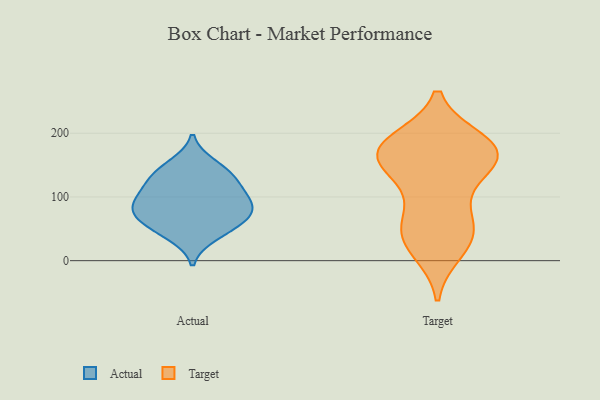
{"axis": {"x": "Budget (USD K)", "y": "Value"}, "legend": ["Actual", "Target"], "data": [{"x": "", "y": 39, "type": "Actual"}, {"x": "", "y": 55, "type": "Actual"}, {"x": "", "y": 92, "type": "Actual"}, {"x": "", "y": 151, "type": "Actual"}, {"x": "", "y": 113, "type": "Actual"}, {"x": "", "y": 66, "type": "Actual"}, {"x": "", "y": 135, "type": "Actual"}, {"x": "", "y": 70, "type": "Actual"}, {"x": "", "y": 86, "type": "Actual"}, {"x": "", "y": 128, "type": "Actual"}, {"x": "", "y": 92, "type": "Actual"}, {"x": "", "y": 186, "type": "Target"}, {"x": "", "y": 177, "type": "Target"}, {"x": "", "y": 40, "type": "Target"}, {"x": "", "y": 112, "type": "Target"}, {"x": "", "y": 162, "type": "Target"}, {"x": "", "y": 151, "type": "Target"}, {"x": "", "y": 32, "type": "Target"}, {"x": "", "y": 17, "type": "Target"}, {"x": "", "y": 58, "type": "Target"}, {"x": "", "y": 175, "type": "Target"}, {"x": "", "y": 61, "type": "Target"}, {"x": "", "y": 166, "type": "Target"}, {"x": "", "y": 173, "type": "Target"}, {"x": "", "y": 165, "type": "Target"}]}